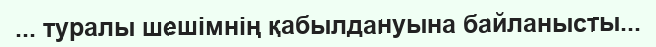
... туралы шешімнің қабылдануына байланысты...